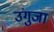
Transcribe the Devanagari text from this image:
उंगुजा